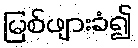
မြစ်ဖျားခံ၍